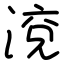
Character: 渷